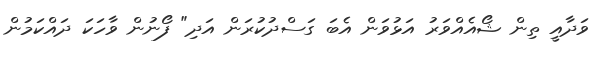
ވަދާއީ ތިން ޝޯއެއްވަރު އަޅުވަން އެބަ ގަސްދުކުރަން އަދި" ފޯނުން ވާހަކަ ދައްކަމުން